Problem: 4 × 7 = ?
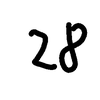
Handwritten answer: 28